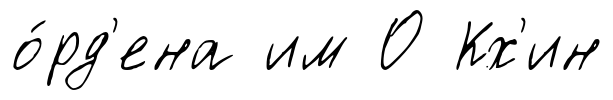
о́рд'ена им О Кх'ин